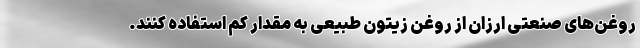
روغن‌های صنعتی ارزان از روغن زیتون طبیعی به مقدار کم استفاده کنند.